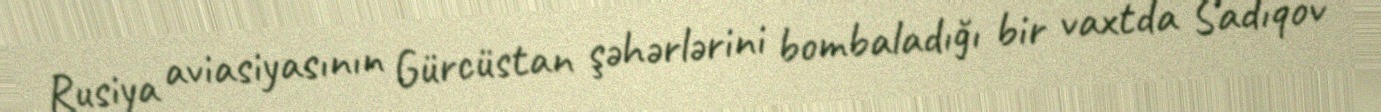
Rusiya aviasiyasının Gürcüstan şəhərlərini bombaladığı bir vaxtda Sadıqov